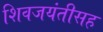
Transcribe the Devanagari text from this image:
शिवजयंतीसह